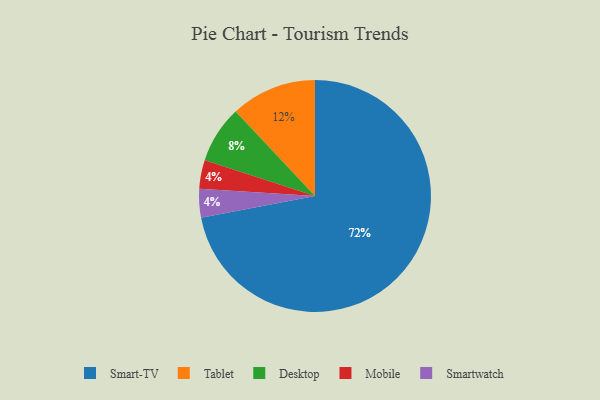
{"axis": {"x": "Category", "y": "Percentage"}, "legend": ["Desktop", "Mobile", "Smart-TV", "Smartwatch", "Tablet"], "data": [{"x": "Tablet", "y": 12, "type": "Tablet"}, {"x": "Mobile", "y": 4, "type": "Mobile"}, {"x": "Smartwatch", "y": 4, "type": "Smartwatch"}, {"x": "Desktop", "y": 8, "type": "Desktop"}, {"x": "Smart-TV", "y": 72, "type": "Smart-TV"}]}